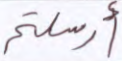
أرسلتم